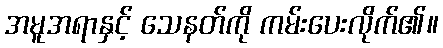
အမူအရာနှင့် သေနတ်ကို ကမ်းပေးလိုက်၏။